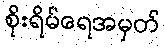
စိုးရိမ်ရေအမှတ်